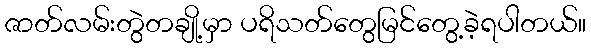
ဇာတ်လမ်းတွဲတချို့မှာ ပရိသတ်တွေမြင်တွေ့ခဲ့ရပါတယ်။